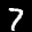
Label: 7